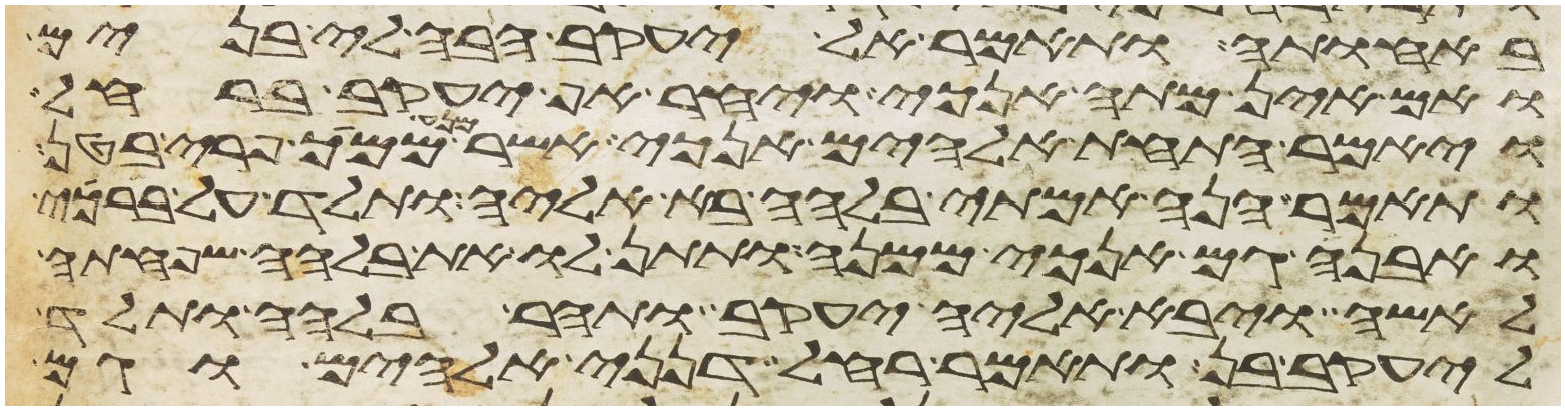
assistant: באחותה ותאמר אל יעקב הבה לי בנים
ואם אין מתה אנכי ויחר אף יעקב ברחל
ויאמר התחת אלהים אנכי אשר מנע ממעיך פרי בטן
ותאמר הנה אמתי בלהה בא אליה ותלד על ברכי
ואבנה גם אנכי ממנה ותתן לו את בלהה שפחתה
לאשה ויבא אליה יעקב ותהר בלהה ותלד
ליעקב בן ותאמר רחל דנני אלהים וגם